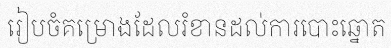
រៀបចំគម្រោងដែលរំខានដល់ការបោះឆ្នោត